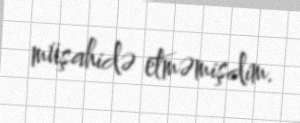
müşahidə etməmişdim.